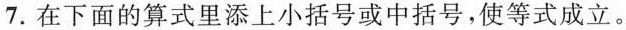
7.在下面的算式里添上小括号或中括号，使等式成立。